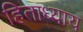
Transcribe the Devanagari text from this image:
हिताध्याय